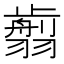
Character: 𦒕